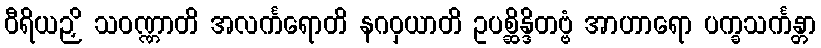
ဝီရိယဉှိ သဝဏ္ဏာတိ အလင်္ကရောတိ နဂဝှယာတိ ဥပစ္ဆိန္ဒိတဗ္ဗံ အာဟာရော ပက္ခသင်္ကန္တာ